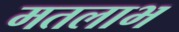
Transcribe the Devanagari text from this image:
मतलाभ